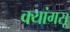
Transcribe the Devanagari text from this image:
क्यांगसू